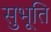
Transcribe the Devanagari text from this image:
सुभूति